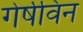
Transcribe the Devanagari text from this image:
गेर्षविन